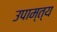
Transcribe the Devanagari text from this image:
उपाम्त्य